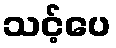
သင့်ပေ